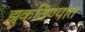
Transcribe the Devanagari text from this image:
झुकविण्यात